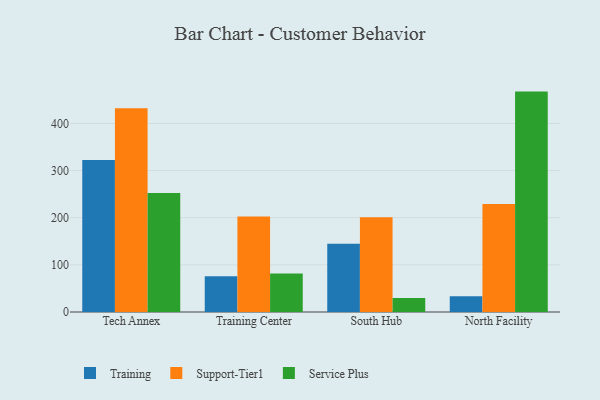
{"axis": {"x": "Campus", "y": "Website Visitors"}, "legend": ["Service Plus", "Support-Tier1", "Training"], "data": [{"x": "Tech Annex", "y": 322.6, "type": "Training"}, {"x": "Tech Annex", "y": 431.9, "type": "Support-Tier1"}, {"x": "Tech Annex", "y": 252.5, "type": "Service Plus"}, {"x": "Training Center", "y": 75.8, "type": "Training"}, {"x": "Training Center", "y": 202.3, "type": "Support-Tier1"}, {"x": "Training Center", "y": 81.5, "type": "Service Plus"}, {"x": "South Hub", "y": 144.7, "type": "Training"}, {"x": "South Hub", "y": 201.2, "type": "Support-Tier1"}, {"x": "South Hub", "y": 29.6, "type": "Service Plus"}, {"x": "North Facility", "y": 33.4, "type": "Training"}, {"x": "North Facility", "y": 228.8, "type": "Support-Tier1"}, {"x": "North Facility", "y": 467.4, "type": "Service Plus"}]}